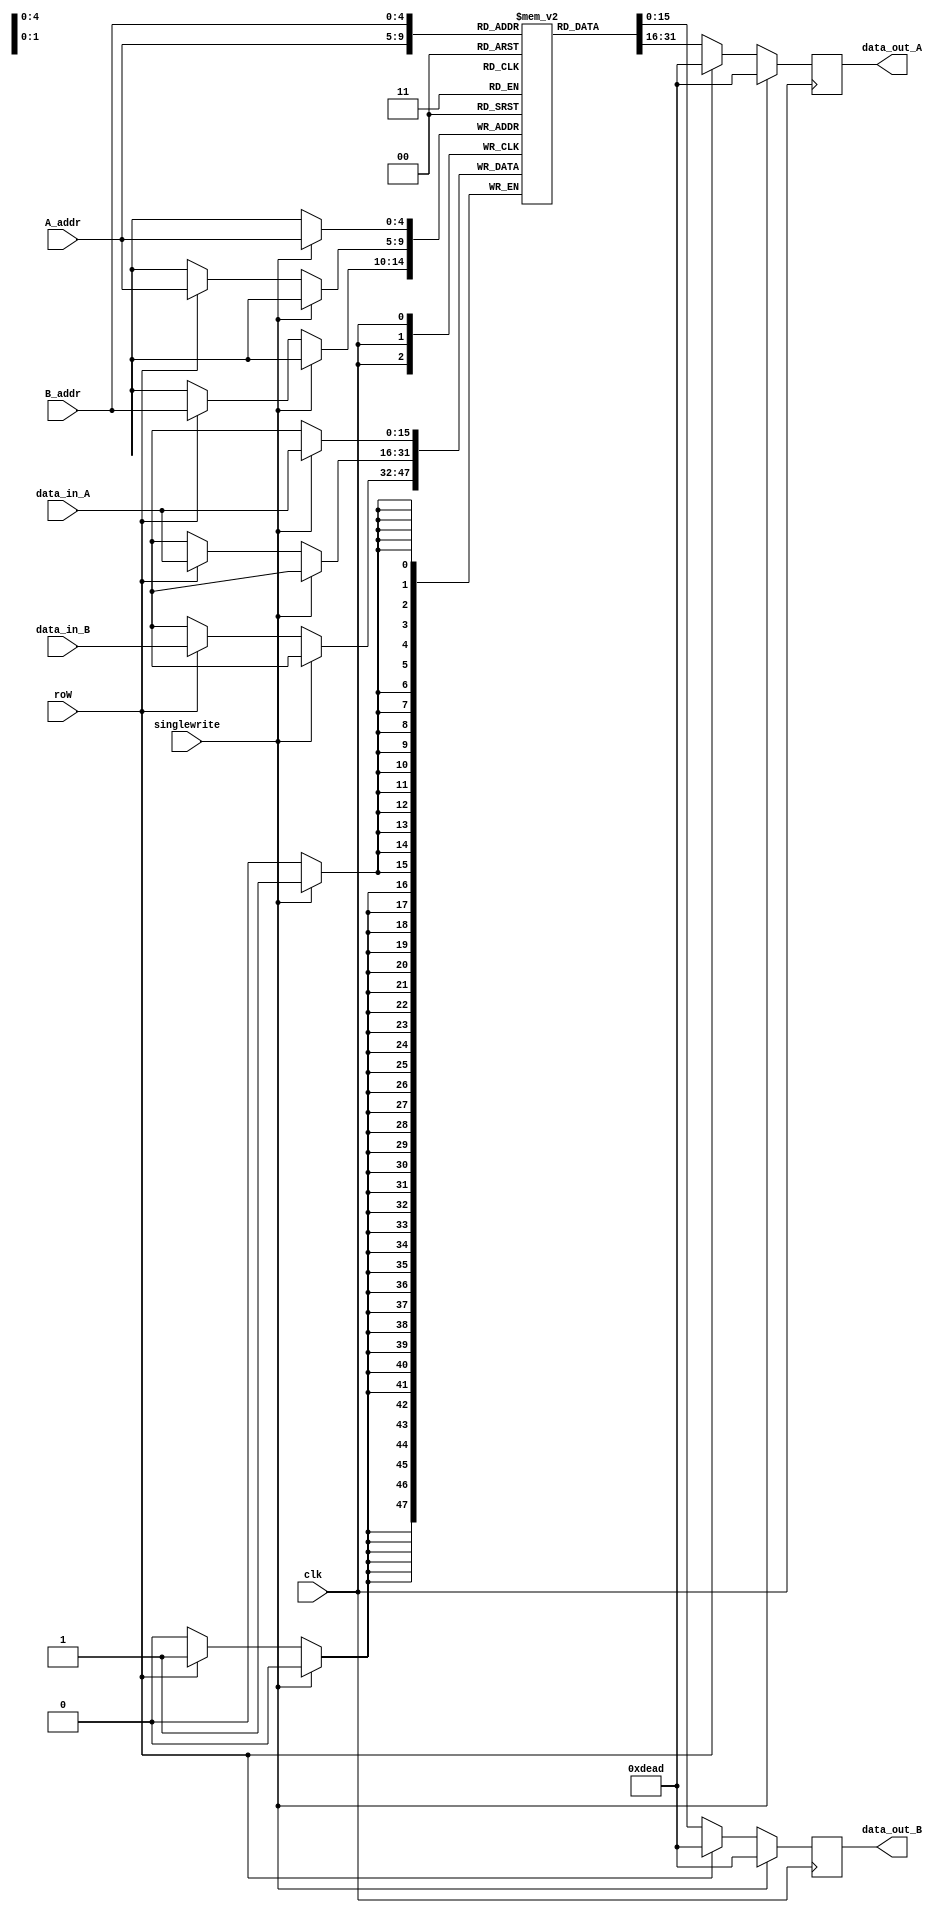
module RAM 
#(parameter DATA_WIDTH = 16, ADDR_WIDTH = 5)
(
input clk, roW, singlewrite, // roW -> zero if read, one if write
input [DATA_WIDTH - 1:0] data_in_A, data_in_B,
input [ADDR_WIDTH-1:0] A_addr,B_addr,
output reg [DATA_WIDTH - 1:0] data_out_A, data_out_B
);

//(2^x-1) -> This calculates the max value of a x-bit number

reg [DATA_WIDTH-1:0] memory [(2**ADDR_WIDTH)- 1:0];

always @(posedge clk) begin

	if (singlewrite) begin
		memory[A_addr] <= data_in_A;
		data_out_A <= 16'hdead;
		data_out_B <= 16'hdead;
	end
	else if(roW) begin
		//writes
		memory[A_addr] <= data_in_A;
		memory[B_addr] <= data_in_B;
		data_out_A <= 16'hdead;
		data_out_B <= 16'hdead;	
	end
	
	else begin
		//reads 
		data_out_A <= memory[A_addr];
		data_out_B <= memory[B_addr];
	
	end



end 




endmodule